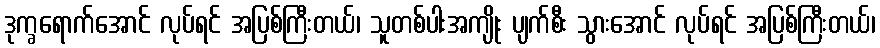
ဒုက္ခရောက်အောင် လုပ်ရင် အပြစ်ကြီးတယ်၊ သူတစ်ပါးအကျိုး ပျက်စီး သွားအောင် လုပ်ရင် အပြစ်ကြီးတယ်၊